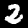
Digit: 2